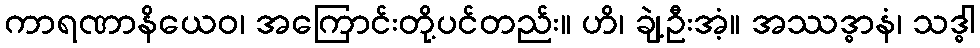
ကာရဏာနိယေဝ၊ အကြောင်းတို့ပင်တည်း။ ဟိ၊ ချဲ့ဦးအံ့။ အဿဒ္ဓာနံ၊ သဒ္ဓါ